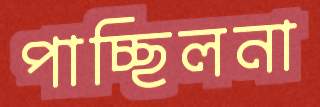
পাচ্ছিলনা